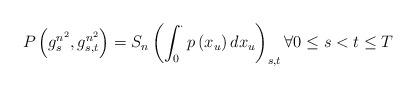
LaTeX: \begin{align*}P\left( g_{s}^{n^{2}},g_{s,t}^{n^{2}}\right) =S_{n}\left( \int_{0}^{\cdot}p\left( x_{u}\right) dx_{u}\right) _{s,t}\forall 0\leq s<t\leq T \end{align*}